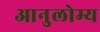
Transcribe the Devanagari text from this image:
आनुलोम्य